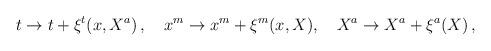
LaTeX: \begin{align*} t \rightarrow t + \xi^t(x, X^a)\,,\quad x^m \rightarrow x^m + \xi^m(x,X),\quad X^a \rightarrow X^a + \xi^a(X)\,,\end{align*}